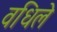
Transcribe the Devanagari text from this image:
वधिले